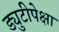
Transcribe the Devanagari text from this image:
ड्युटीपेक्षा